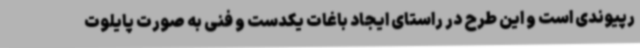
رپیوندی است و این طرح در راستای ایجاد باغات یکدست و فنی به صورت پایلوت